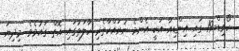
ކޯވިޑް-19 ގައި އިންޑިއާ އަކީ އެންމެ ނުރައްކާތެރި ހާލަތުގައި އޮތް ގައުމެވެ. މިދިޔަ